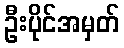
ဦးပိုင်အမှတ်